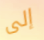
إلى